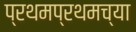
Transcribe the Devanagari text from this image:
प्रथमप्रथमच्या